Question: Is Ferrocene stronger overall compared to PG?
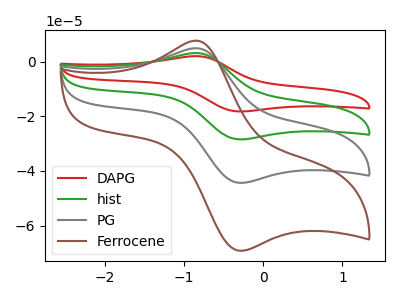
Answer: <think>The red curve "DAPG" has an anodic peak at (-0.85V, 14.80uA) and a cathodic peak at (-0.30V, -133.15uA). The green curve "hist" has an anodic peak at (-0.85V, 9.85uA) and a cathodic peak at (-0.30V, -88.75uA). The gray curve "PG" has an anodic peak at (-0.85V, 4.95uA) and a cathodic peak at (-0.30V, -44.40uA). The brown curve "Ferrocene" has an anodic peak at (-0.85V, 7.70uA) and a cathodic peak at (-0.30V, -69.25uA).
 All the peaks in "Ferrocene" have a peak in "PG" at the same potential. Every peak in "Ferrocene" is higher than every peak in "PG".</think>
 <answer>"Ferrocene" has more signal than "PG".</answer>
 <eval>more_signal</eval>